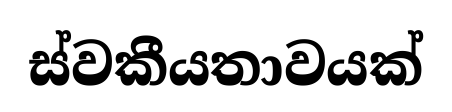
ස්වකීයතාවයක්